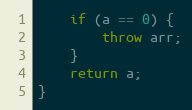
Language: C++
    if (a == 0) {
        throw arr;
    }
    return a;
}